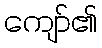
ကျော်၏